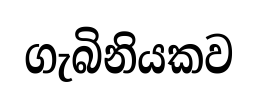
ගැබිනියකව